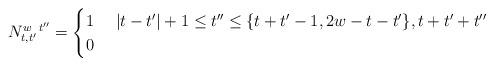
LaTeX: \begin{align*}{N^{w \ \, t''}_{t, t'}} = \begin{cases} 1 & \ |t-t'| +1 \leq t'' \leq \{ t+t'-1, 2w-t-t'\}, t+t'+t'' \ \\0 & \end{cases}\end{align*}